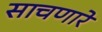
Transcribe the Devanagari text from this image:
साचणारे